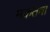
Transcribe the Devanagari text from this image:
मकतबा